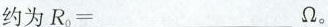
约为R_{0}=___Ω。